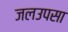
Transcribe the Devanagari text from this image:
जलउपसा